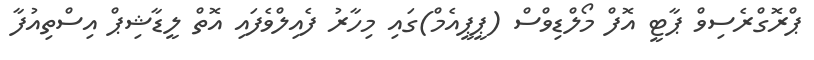
ޕްރޮގްރެސިވް ޕާޓީ އޮފް މޯލްޑިވްސް (ޕީޕީއެމް)ގައި މިހާރު ފެއިލްވެފައި އޮތް ލީޑާޝިޕް އިސްތިއުފާ